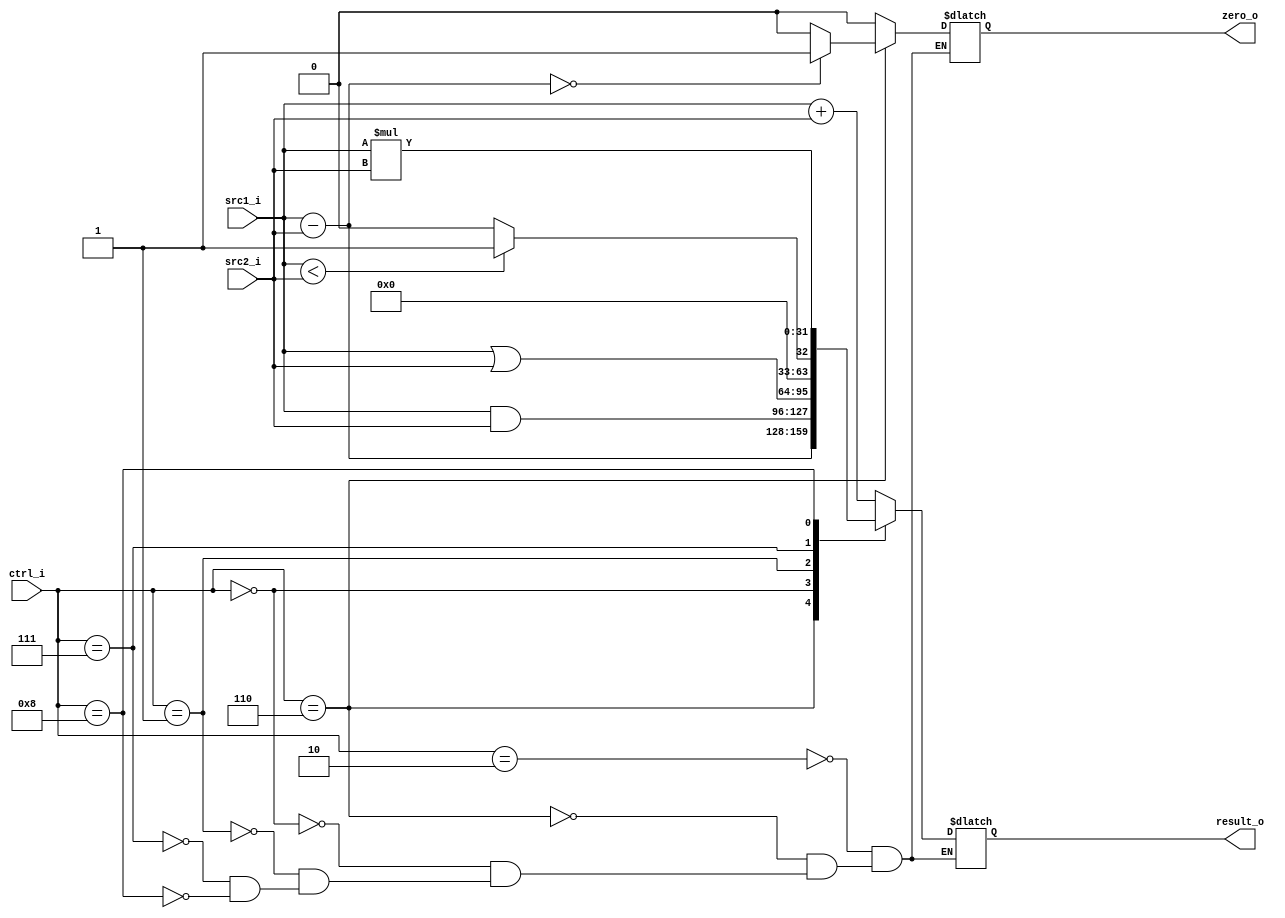
// 0716089
//Subject:     CO project 2 - ALU
//--------------------------------------------------------------------------------
//Version:     1
//--------------------------------------------------------------------------------
//Writer:      
//----------------------------------------------
//Date:        
//----------------------------------------------
//Description: 
//--------------------------------------------------------------------------------
`timescale 1ns/1ps
module ALU(
    src1_i,
	src2_i,
	ctrl_i,
	result_o,
	zero_o
	);
     
//I/O ports
input signed [32-1:0]  src1_i;
input signed [32-1:0]  src2_i;
input  [4-1:0]   ctrl_i;

output [32-1:0]	 result_o;
output           zero_o;

//Internal signals
reg    [32-1:0]  result_o;
wire             zero_o;

//Parameter
reg [32-1:0] t_result;
reg zero;
//Main function
	// add 0010 sub 0110 and 0000 or 0001 slt 0111
always @(*) begin
	case(ctrl_i) 
		4'b0010: begin
			result_o = src1_i + src2_i;
			zero =0;
		end
		4'b0110: begin
			result_o = src1_i - src2_i;
			if(result_o == 0) zero = 1;
			else zero = 0;
		end
		4'b0000: begin
			result_o = src1_i & src2_i;
			zero =0;
		end
		4'b0001: begin
			result_o = src1_i | src2_i;
			zero =0;
		end
		4'b0111: begin
			// result_o = src1_i - src2_i;
			// if(result_o == 0) result_o = 32'b1;
			// else result_o = 32'b0;
			result_o = (src1_i<src2_i)? 32'b1 : 32'b0; 
			zero =0;
		end
        4'b1000: begin
            result_o = src1_i * src2_i;
            zero = 0;
        end
	endcase
end
assign zero_o = zero;
endmodule